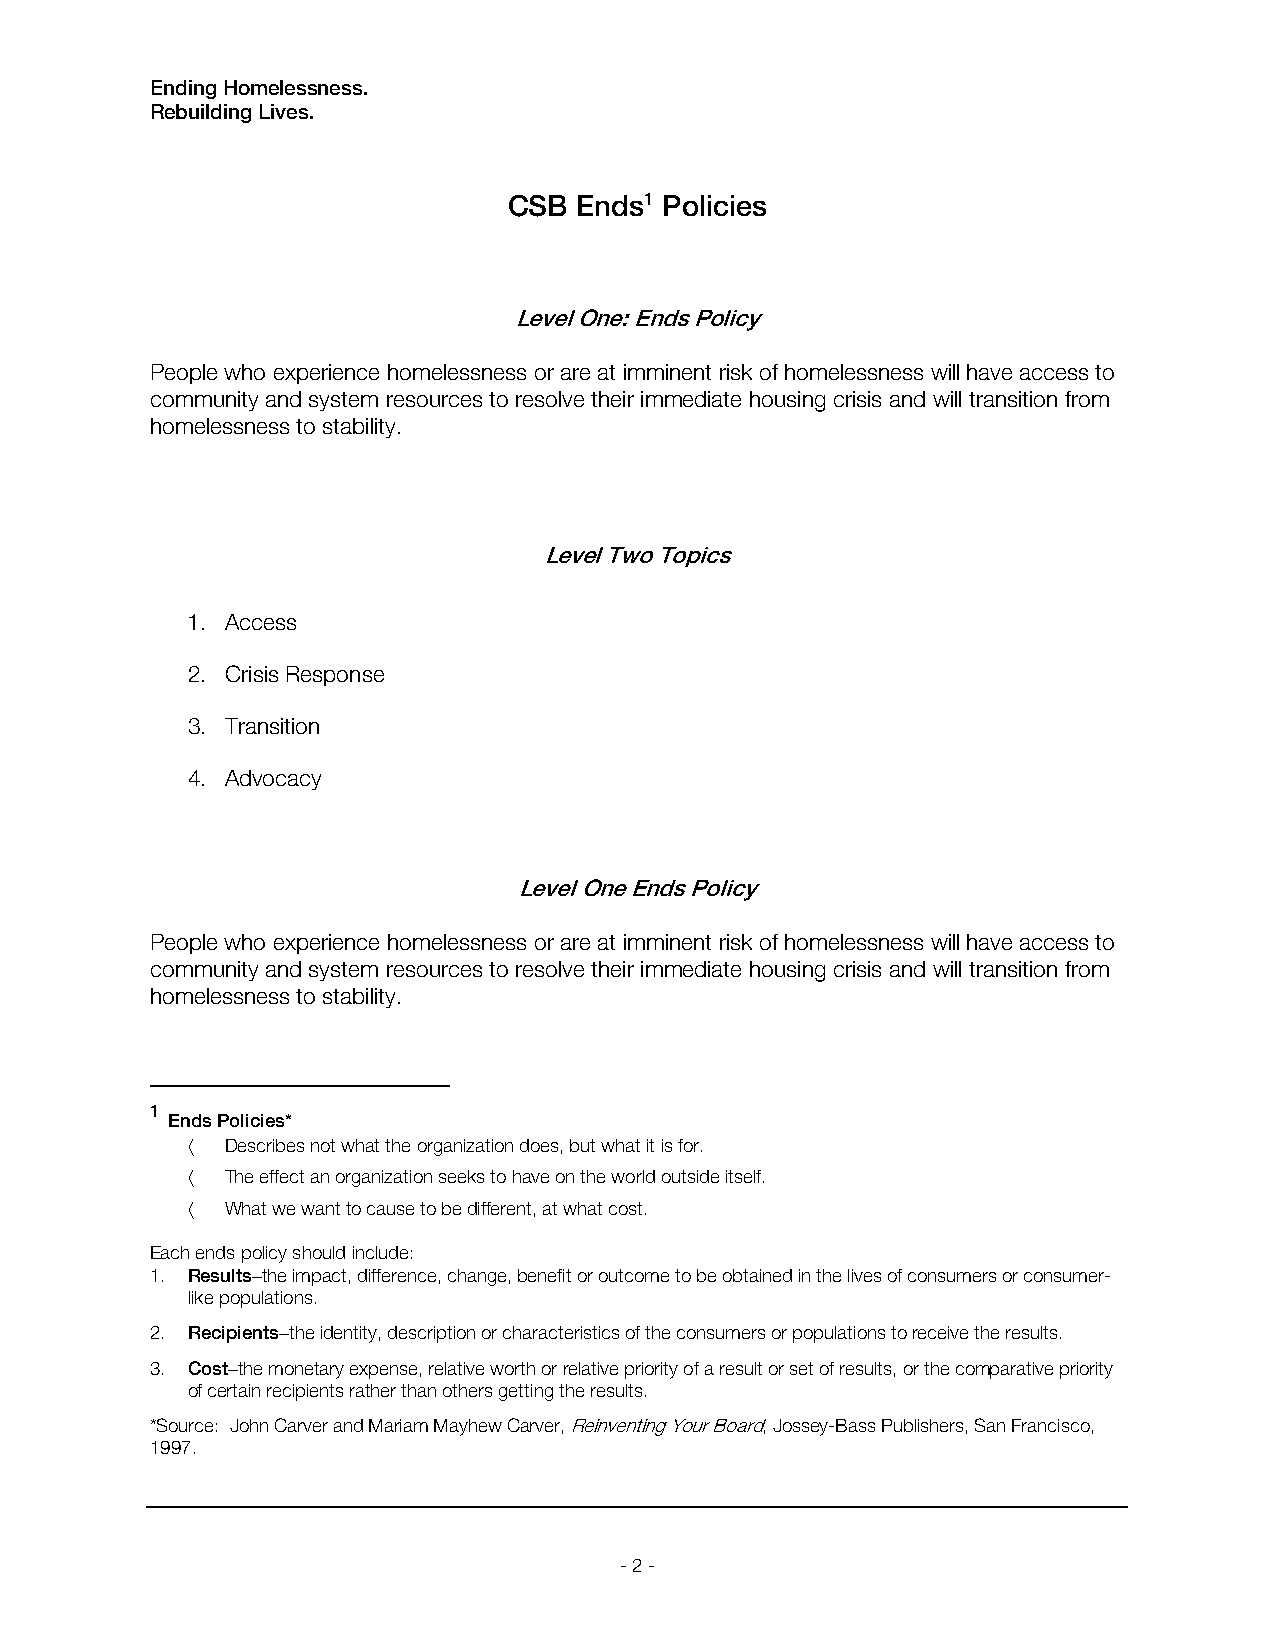
Ending Homelessness.
 Rebuilding Lives.
 CSB Ends1 Policies
 Level One: Ends Policy
 People who experience homelessness or are at imminent risk of homelessness will have access to
 community and system resources to resolve their immediate housing crisis and will transition from
 homelessness to stability.
 Level Two Topics
 1. Access
 2. Crisis Response
 3. Transition
 4. Advocacy
 Level One Ends Policy
 People who experience homelessness or are at imminent risk of homelessness will have access to
 community and system resources to resolve their immediate housing crisis and will transition from
 homelessness to stability.
 1
 Ends Policies*
   Describes not what the organization does, but what it is for.
   The effect an organization seeks to have on the world outside itself.
   What we want to cause to be different, at what cost.
 Each ends policy should include:
 1. Resultsthe impact, difference, change, benefit or outcome to be obtained in the lives of consumers or consumer-
 like populations.
 2. Recipientsthe identity, description or characteristics of the consumers or populations to receive the results.
 3. Costthe monetary expense, relative worth or relative priority of a result or set of results, or the comparative priority
 of certain recipients rather than others getting the results.
 *Source: John Carver and Mariam Mayhew Carver, Reinventing Your Board, Jossey-Bass Publishers, San Francisco,
 1997.
 - 2 -